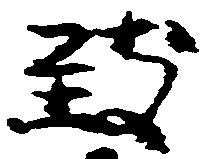
致